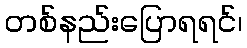
တစ်နည်းပြောရရင်၊